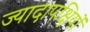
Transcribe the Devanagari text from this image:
ज्यादापक्षियों